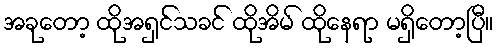
အခုတော့ ထိုအရှင်သခင် ထိုအိမ် ထိုနေရာ မရှိတော့ပြီ။